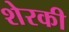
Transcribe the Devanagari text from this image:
शेरकी